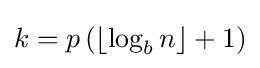
k=p\left(\lfloor \log _{b}{n}\rfloor +1\right)